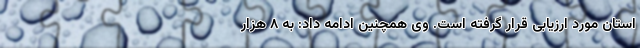
استان مورد ارزیابی قرار گرفته است. وی همچنین ادامه داد: به ۸ هزار